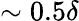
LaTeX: \sim 0.5\delta